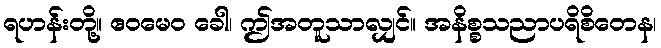
ရဟန်းတို့။ ဧဝမေဝ ခေါ၊ ဤအတူသာလျှင်။ အနိစ္စသညာပရိစိတေန၊